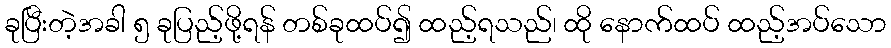
ခုပြီးတဲ့အခါ ၅ ခုပြည့်ဖို့ရန် တစ်ခုထပ်၍ ထည့်ရသည်၊ ထို နောက်ထပ် ထည့်အပ်သော